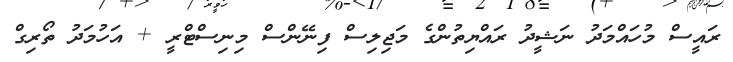
ރައީސް މުހައްމަދު ނަޝީދު ރައްޔިތުންގެ މަޖިލިސް ފިނޭންސް މިނިސްޓްރީ + އަހުމަދު ތޯރިގް